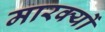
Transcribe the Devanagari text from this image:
मारक्यों